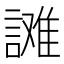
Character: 𰵄